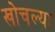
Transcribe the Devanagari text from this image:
खोचल्या